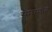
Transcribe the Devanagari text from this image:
समरणीय